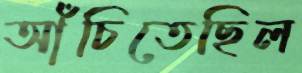
আঁচিতেছিল